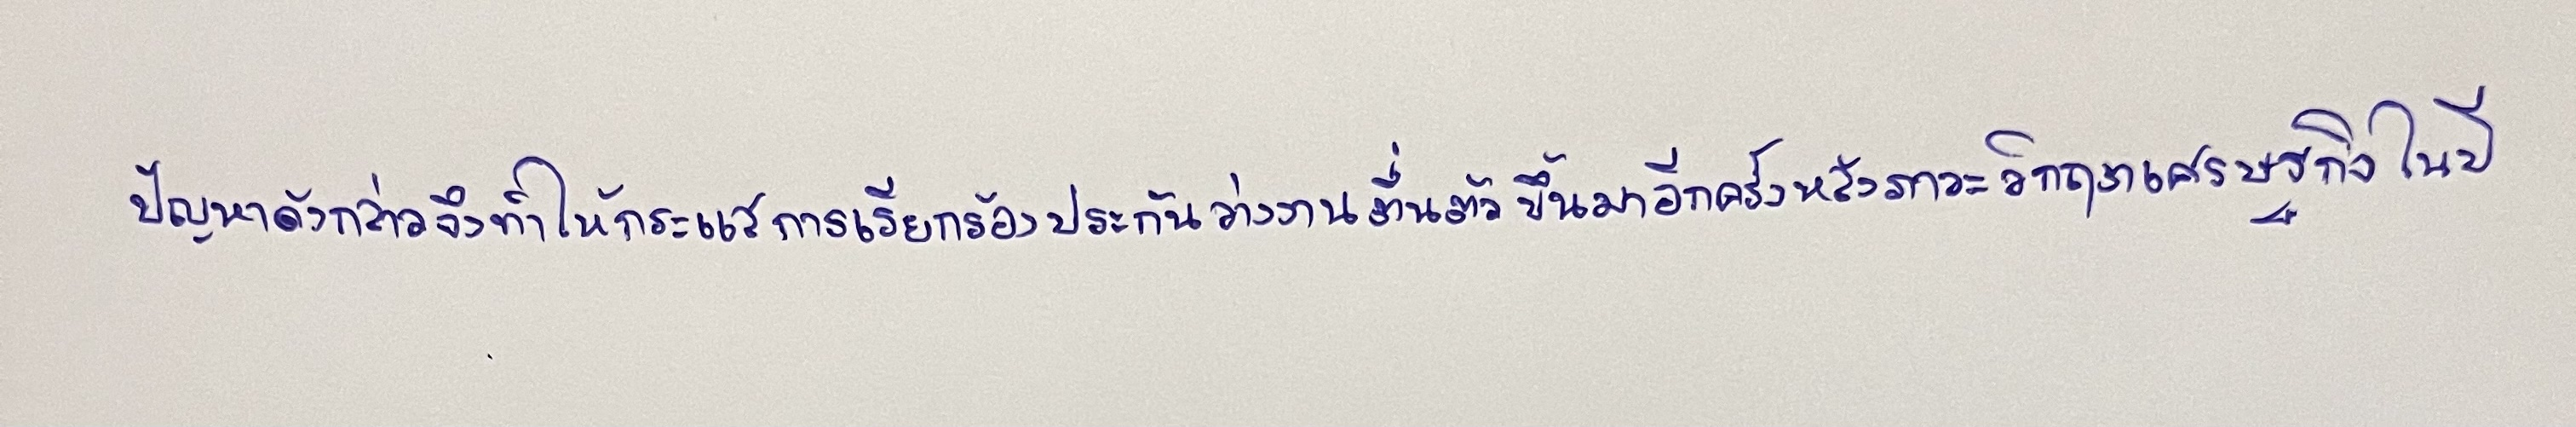
ปัญหาดังกล่าวจึงทำให้กระแสการเรียกร้องประกันว่างงานตื่นตัวขึ้นมาอีกครั้งหลังภาวะวิกฤตเศรษฐกิจในปี